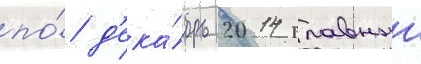
по́ д'ека́брь 2014 главныи